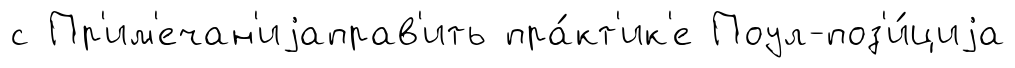
с Пр'им'ечан'иjаправ'ить пра́кт'ик'е Поул-поз'и́циjа